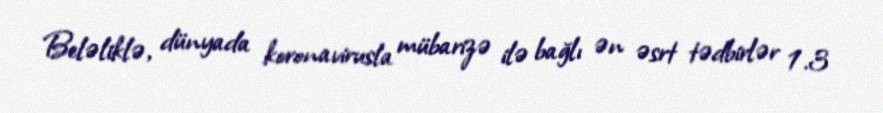
Beləliklə, dünyada koronavirusla mübarizə ilə bağlı ən əsrt tədbirlər 1.3